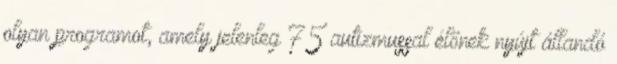
olyan programot, amely jelenleg 75 autizmussal élőnek nyújt állandó